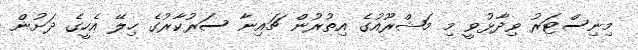
މިނިސްޓަރު ވިދާޅުވީ މި މަޝްރޫއުގެ އިތުރުން ޗައިނާ ސަރުކާރުގެ ހިލޭ އެހީގެ ދަށުން